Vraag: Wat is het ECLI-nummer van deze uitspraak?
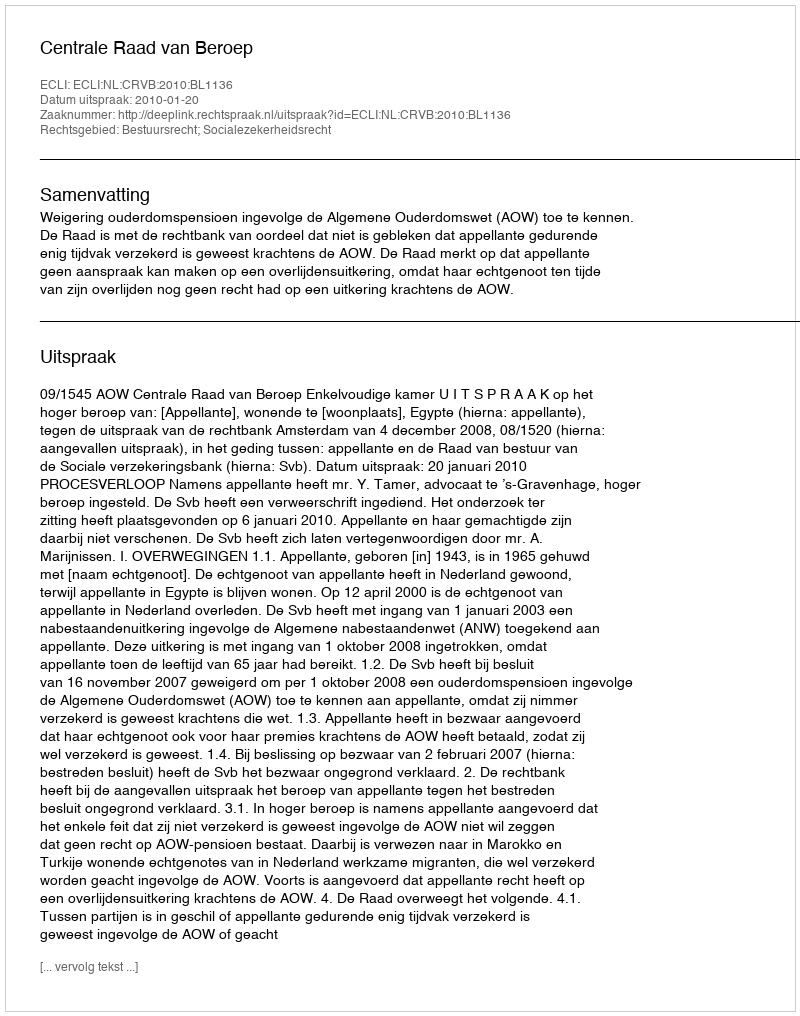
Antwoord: ECLI:NL:CRVB:2010:BL1136